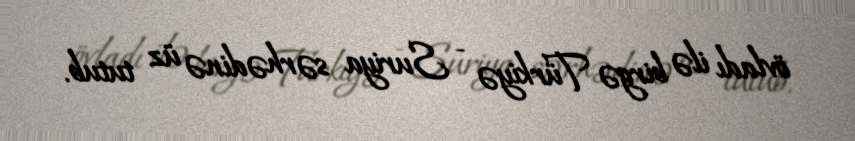
övladı ilə birgə Türkiyə - Suriya sərhədinə üz tutub.